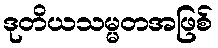
ဒုတိယသမ္မတအဖြစ်